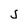
Character: j